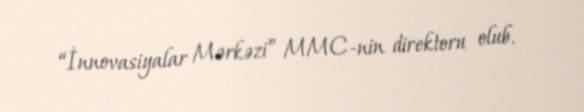
“İnnovasiyalar Mərkəzi” MMC-nin direktoru olub.